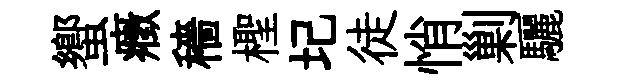
蠁癥穡檉圮徒悄剿驪